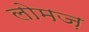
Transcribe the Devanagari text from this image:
लोमज़